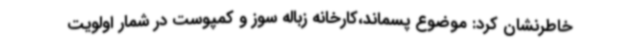
خاطرنشان کرد: موضوع پسماند،کارخانه زباله سوز و کمپوست در شمار اولویت